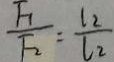
\frac { F _ { 1 } } { F _ { 2 } } : \frac { l _ { 2 } } { l _ { 2 } }